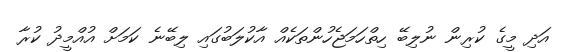
އަދި މީގެ ކުރިން ނުލިބޭ ހިތްހަމަޖެހުންތަކެއް އާކުލަބުގައި ލިބޭނެ ކަމަށް އުއްމީދު ކުރާ